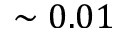
\sim 0 . 0 1